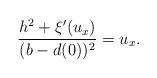
LaTeX: \begin{align*}\frac{h^2+\xi'(u_{ {x}})}{( {b}- {d}(0))^2}=u_{ {x}}.\end{align*}